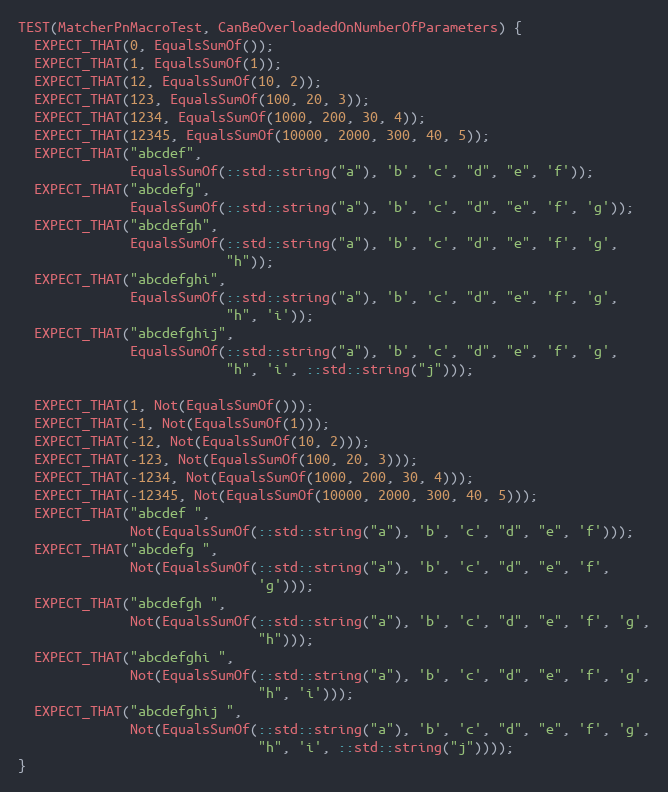
Language: C++
TEST(MatcherPnMacroTest, CanBeOverloadedOnNumberOfParameters) {
  EXPECT_THAT(0, EqualsSumOf());
  EXPECT_THAT(1, EqualsSumOf(1));
  EXPECT_THAT(12, EqualsSumOf(10, 2));
  EXPECT_THAT(123, EqualsSumOf(100, 20, 3));
  EXPECT_THAT(1234, EqualsSumOf(1000, 200, 30, 4));
  EXPECT_THAT(12345, EqualsSumOf(10000, 2000, 300, 40, 5));
  EXPECT_THAT("abcdef",
              EqualsSumOf(::std::string("a"), 'b', 'c', "d", "e", 'f'));
  EXPECT_THAT("abcdefg",
              EqualsSumOf(::std::string("a"), 'b', 'c', "d", "e", 'f', 'g'));
  EXPECT_THAT("abcdefgh",
              EqualsSumOf(::std::string("a"), 'b', 'c', "d", "e", 'f', 'g',
                          "h"));
  EXPECT_THAT("abcdefghi",
              EqualsSumOf(::std::string("a"), 'b', 'c', "d", "e", 'f', 'g',
                          "h", 'i'));
  EXPECT_THAT("abcdefghij",
              EqualsSumOf(::std::string("a"), 'b', 'c', "d", "e", 'f', 'g',
                          "h", 'i', ::std::string("j")));

  EXPECT_THAT(1, Not(EqualsSumOf()));
  EXPECT_THAT(-1, Not(EqualsSumOf(1)));
  EXPECT_THAT(-12, Not(EqualsSumOf(10, 2)));
  EXPECT_THAT(-123, Not(EqualsSumOf(100, 20, 3)));
  EXPECT_THAT(-1234, Not(EqualsSumOf(1000, 200, 30, 4)));
  EXPECT_THAT(-12345, Not(EqualsSumOf(10000, 2000, 300, 40, 5)));
  EXPECT_THAT("abcdef ",
              Not(EqualsSumOf(::std::string("a"), 'b', 'c', "d", "e", 'f')));
  EXPECT_THAT("abcdefg ",
              Not(EqualsSumOf(::std::string("a"), 'b', 'c', "d", "e", 'f',
                              'g')));
  EXPECT_THAT("abcdefgh ",
              Not(EqualsSumOf(::std::string("a"), 'b', 'c', "d", "e", 'f', 'g',
                              "h")));
  EXPECT_THAT("abcdefghi ",
              Not(EqualsSumOf(::std::string("a"), 'b', 'c', "d", "e", 'f', 'g',
                              "h", 'i')));
  EXPECT_THAT("abcdefghij ",
              Not(EqualsSumOf(::std::string("a"), 'b', 'c', "d", "e", 'f', 'g',
                              "h", 'i', ::std::string("j"))));
}